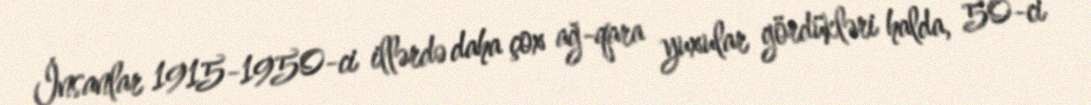
İnsanlar 1915-1950-ci illərdə daha çox ağ-qara yuxular gördükləri halda, 50-ci